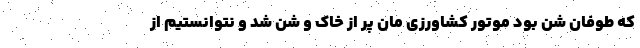
که طوفان شن بود موتور کشاورزی مان پر از خاک و شن شد و نتوانستیم از